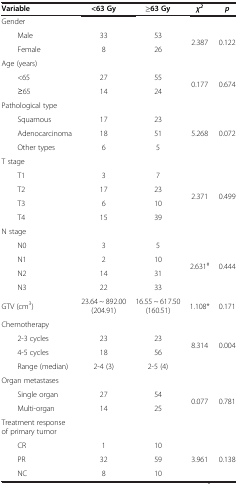
<table><thead><tr><td><b>Variable</b></td><td><b>&lt;63 Gy</b></td><td><b>≥63 Gy</b></td><td><b><i>χ</i><sup><i>2</i></sup></b></td><td><b><i>p</i></b></td></tr></thead><tbody><tr><td>Gender</td><td> </td><td> </td><td> </td><td> </td></tr><tr><td>Male</td><td>33</td><td>53</td><td rowspan="2">2.387</td><td rowspan="2">0.122</td></tr><tr><td>Female</td><td>8</td><td>26</td></tr><tr><td>Age (years)</td><td> </td><td> </td><td> </td><td> </td></tr><tr><td>&lt;65</td><td>27</td><td>55</td><td rowspan="2">0.177</td><td rowspan="2">0.674</td></tr><tr><td>≥65</td><td>14</td><td>24</td></tr><tr><td>Pathological type</td><td> </td><td> </td><td> </td><td> </td></tr><tr><td>Squamous</td><td>17</td><td>23</td><td rowspan="3">5.268</td><td rowspan="3">0.072</td></tr><tr><td>Adenocarcinoma</td><td>18</td><td>51</td></tr><tr><td>Other types</td><td>6</td><td>5</td></tr><tr><td>T stage</td><td> </td><td> </td><td> </td><td> </td></tr><tr><td>T1</td><td>3</td><td>7</td><td rowspan="4">2.371</td><td rowspan="4">0.499</td></tr><tr><td>T2</td><td>17</td><td>23</td></tr><tr><td>T3</td><td>6</td><td>10</td></tr><tr><td>T4</td><td>15</td><td>39</td></tr><tr><td>N stage</td><td> </td><td> </td><td> </td><td> </td></tr><tr><td>N0</td><td>3</td><td>5</td><td rowspan="4">2.631<sup>#</sup></td><td rowspan="4">0.444</td></tr><tr><td>N1</td><td>2</td><td>10</td></tr><tr><td>N2</td><td>14</td><td>31</td></tr><tr><td>N3</td><td>22</td><td>33</td></tr><tr><td>GTV (cm<sup>3</sup>)</td><td>23.64 ~ 892.00 (204.91)</td><td>16.55 ~ 617.50 (160.51)</td><td>1.108*</td><td>0.171</td></tr><tr><td>Chemotherapy</td><td> </td><td> </td><td> </td><td> </td></tr><tr><td>2-3 cycles</td><td>23</td><td>23</td><td rowspan="2">8.314</td><td rowspan="2">0.004</td></tr><tr><td>4-5 cycles</td><td>18</td><td>56</td></tr><tr><td>Range (median)</td><td>2-4 (3)</td><td>2-5 (4)</td><td> </td><td> </td></tr><tr><td>Organ metastases</td><td> </td><td> </td><td> </td><td> </td></tr><tr><td>Single organ</td><td>27</td><td>54</td><td rowspan="2">0.077</td><td rowspan="2">0.781</td></tr><tr><td>Multi-organ</td><td>14</td><td>25</td></tr><tr><td>Treatment response of primary tumor</td><td> </td><td> </td><td> </td><td> </td></tr><tr><td>CR</td><td>1</td><td>10</td><td rowspan="3">3.961</td><td rowspan="3">0.138</td></tr><tr><td>PR</td><td>32</td><td>59</td></tr><tr><td>NC</td><td>8</td><td>10</td></tr></tbody></table>